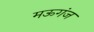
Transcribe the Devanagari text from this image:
मऊगंज